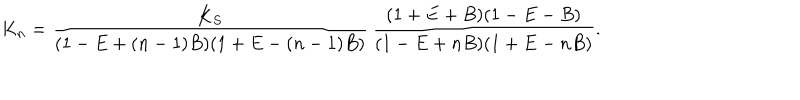
K _ { n } = \frac { K _ { S } } { ( 1 - E + ( n - 1 ) B ) ( 1 + E - ( n - 1 ) B ) } \, \frac { ( 1 + E + B ) ( 1 - E - B ) } { ( 1 - E + n B ) ( 1 + E - n B ) } .